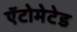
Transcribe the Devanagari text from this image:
ऍटोमेटेड